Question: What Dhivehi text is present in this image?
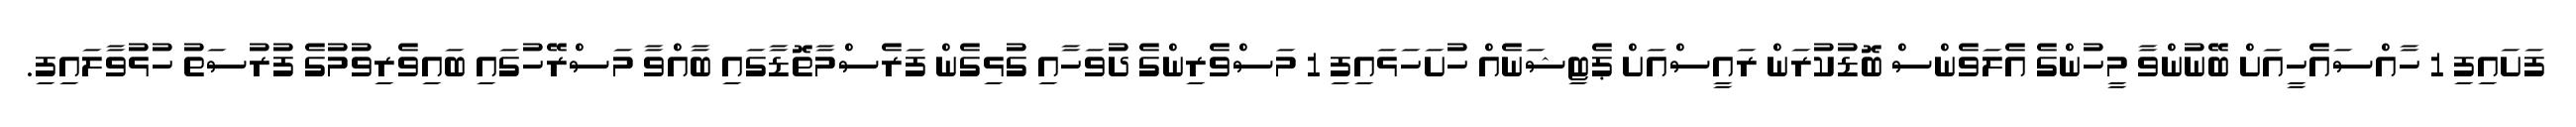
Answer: ފަށައިފި 1 ހާއްސައެހީއަށް ބޭނުންވާ މީހުންގެ އެލަވެންސް ބޮޑުކުރަން ރައީސްއަށް ޕެޓިޝަނެއް ހުށަހަޅައިފި 1 މަސްވެރިންގެ ދުވަހާއި ގުޅިގެން ފަރެސްމާތޮޑާގައި ބާއްވާ މަސްރޭހުގައި ބައިވެރިވުމުގެ ފުރުސަތު ހުޅުވާލައިފި.